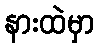
နားထဲမှာ